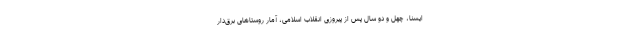
ایسنا، چهل و دو سال پس از پیروزی انقلاب اسلامی، آمار روستا‌های برق‌دار